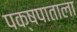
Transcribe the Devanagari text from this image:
पक्षपाताला